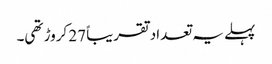
پہلے یہ تعداد تقریباً 27 کروڑ تھی۔